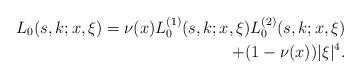
LaTeX: \begin{align*}L_0(s,k;x,\xi)=\nu(x)L_0^{(1)}(s,k;x,\xi)L_0^{(2)}(s,k;x,\xi)\\+(1-\nu(x))|\xi|^4.\end{align*}